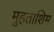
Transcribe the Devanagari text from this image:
मुहताशिम